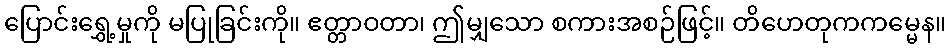
ပြောင်းရွှေ့မှုကို မပြုခြင်းကို။ ဧတ္တာဝတာ၊ ဤမျှသော စကားအစဉ်ဖြင့်။ တိဟေတုကကမ္မေန။